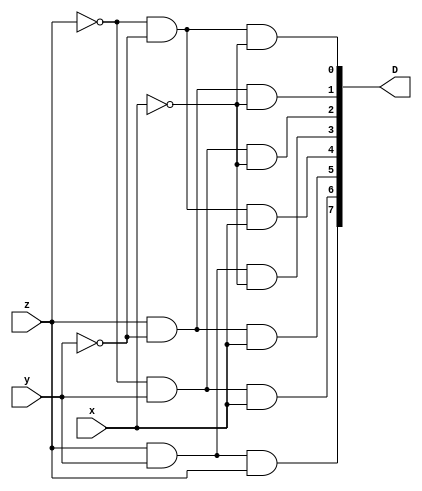
module Decoder_3x8(
	input x,y,z,
	output [7:0] D
	);
	wire D0_wire,D1_wire,D2_wire;
	
	assign  D0_wire=!(z);
	assign	D1_wire=!(y);
	assign	D2_wire=!(x);
	assign	D[0]=D0_wire&&D1_wire&&D2_wire;
	assign	D[1]=z&&D1_wire&&D2_wire;
	assign	D[2]=D0_wire&&y&&D2_wire;
	assign	D[3]=z&&y&&D2_wire;
	assign	D[4]=D0_wire&&D1_wire&&x;
	assign	D[5]=z&&D1_wire&&x;
	assign	D[6]=D0_wire && y && x;
	assign	D[7]=z&&y&&z;
endmodule